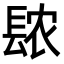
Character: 𫔖